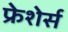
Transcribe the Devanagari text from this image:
फ्रेशेर्स